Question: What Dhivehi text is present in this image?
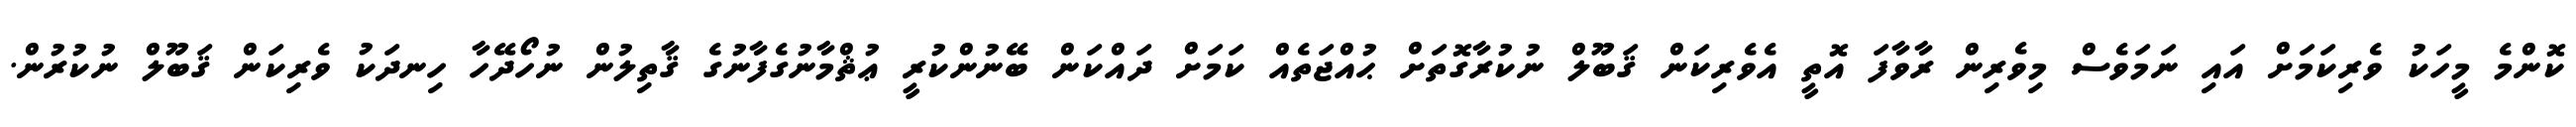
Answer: ކޮންމެ މީހަކު ވެރިކަމަށް އައި ނަމަވެސް މިވެރިން ރާވާފަ އޮތީ އެވެރިކަން ޤަބޫލް ނުކުރާގޮތަށް ޙުއްޖަތެއް ކަމަށް ދައްކަން ބޭނުންކުރީ ޢުޘްމާނުގެފާނުގެ ޤާތިލުން ނުހޯދޭހާ ހިނދަކު ވެރިކަން ޤަބޫލް ނުކުރުން.